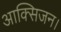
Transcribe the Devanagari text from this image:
आक्सिजन।